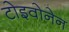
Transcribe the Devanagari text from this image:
टोइवोनेन